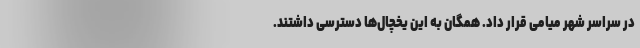
در سراسر شهر میامی قرار داد. همگان به این یخچال‌ها دسترسی داشتند.